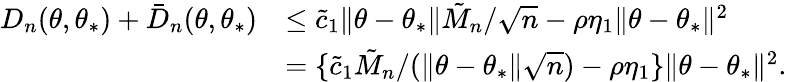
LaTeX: \begin{array}{rl}{D_{n}(\theta,\theta_{*})+\bar{D}_{n}(\theta,\theta_{*})}&{\leq\tilde{c}_{1}\| \theta-\theta_{*}\| \tilde{M}_{n}/\sqrt{n}-\rho\eta_{1}\| \theta-\theta_{*}\| ^{2}}\\ &{=\{ \tilde{c}_{1}\tilde{M}_{n}/(\| \theta-\theta_{*}\| \sqrt{n})-\rho\eta_{1}\} \| \theta-\theta_{*}\| ^{2}.}\end{array}